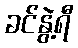
ခင်နွဲ့ရီ